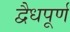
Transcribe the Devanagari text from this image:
द्वैधपूर्ण